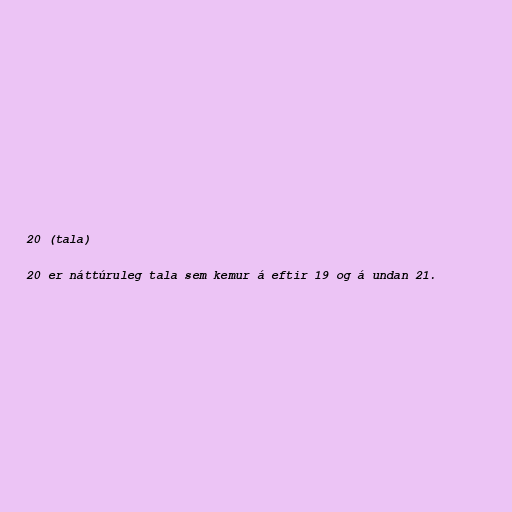
20 (tala)

20 er náttúruleg tala sem kemur á eftir 19 og á undan 21.